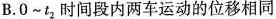
B.O~t_{2}时间段内两车运动的位移相同